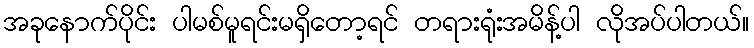
အခုနောက်ပိုင်း ပါမစ်မူရင်းမရှိတော့ရင် တရားရုံးအမိန့်ပါ လိုအပ်ပါတယ်။